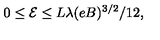
0 \leq \mathcal { E } \leq L \lambda ( e B ) ^ { 3 / 2 } / 1 2 ,